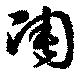
凋